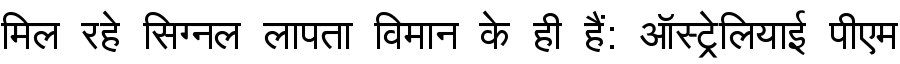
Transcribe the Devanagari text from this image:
मिल रहे सिग्नल लापता विमान के ही हैं: ऑस्ट्रेलियाई पीएम